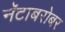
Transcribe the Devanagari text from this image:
नॅटाबरोबर